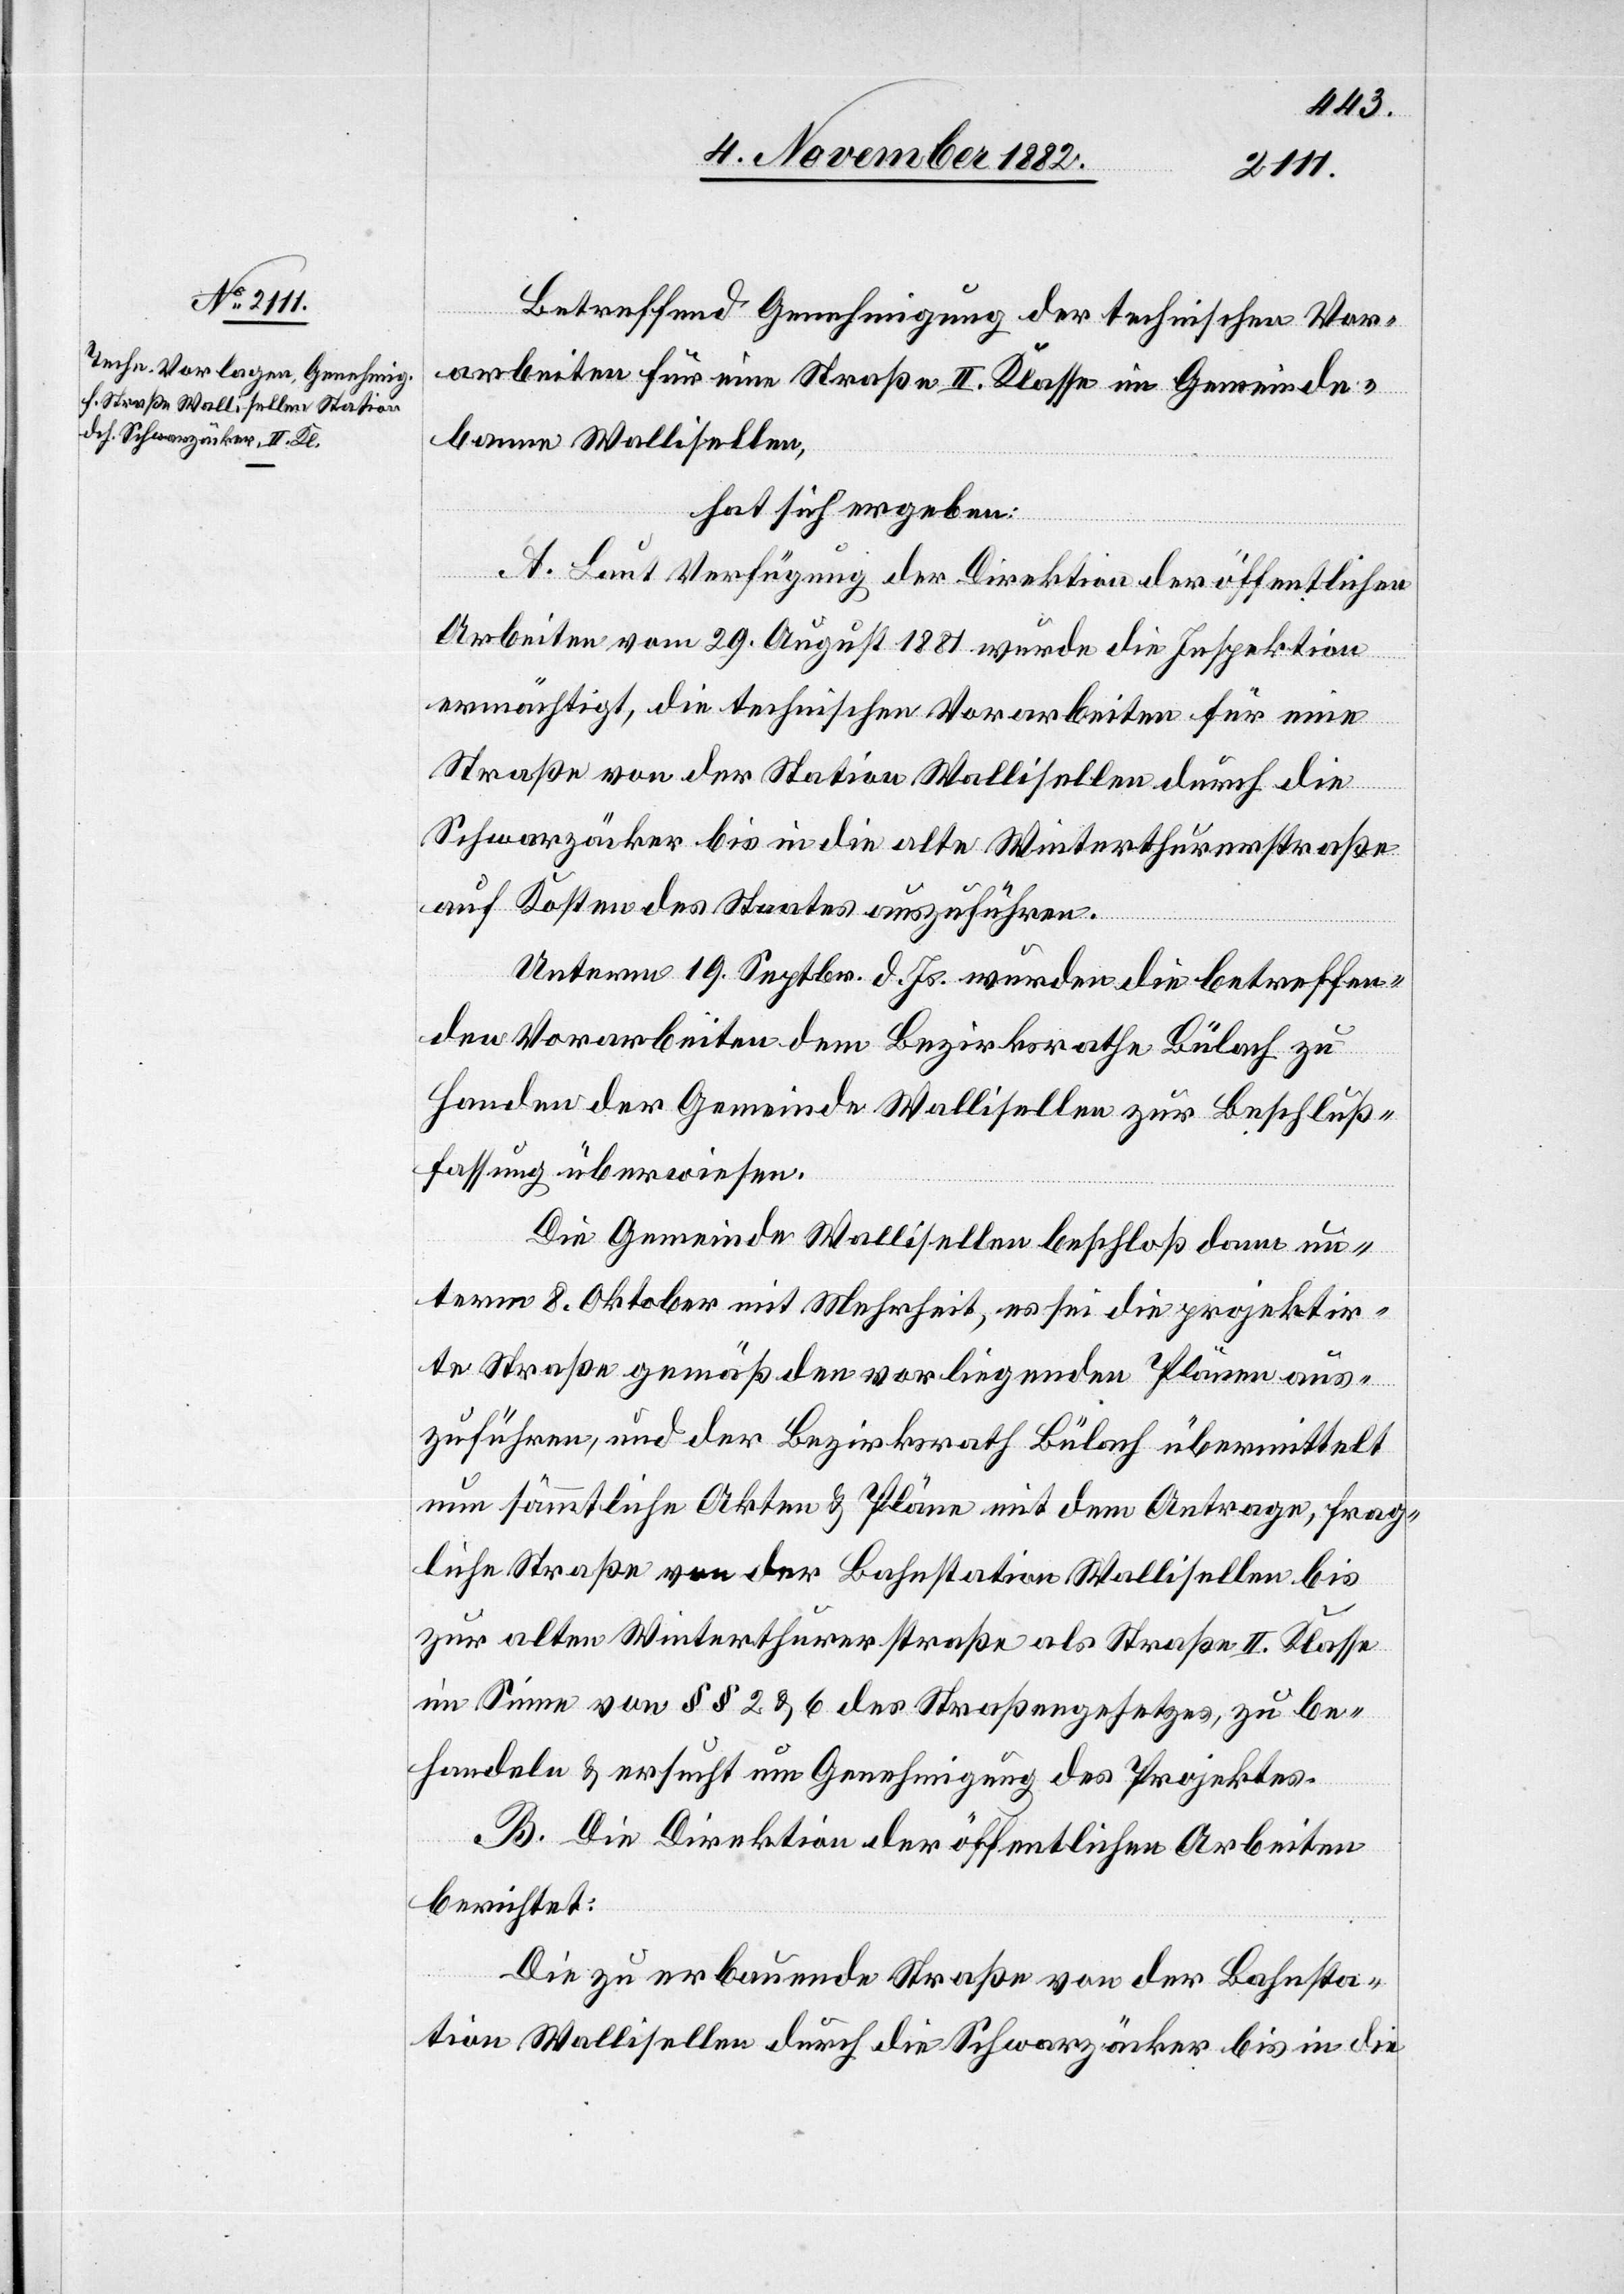
Betreffend Genehmigung der technischen Vor¬
arbeiten für eine Straße II. Klasse im Gemeinde¬
banne Wallisellen,
hat sich ergeben:
A. Laut Verfügung der Direktion der öffentlichen
Arbeiten vom 29. August 1881 wurde die Inspektion
ermächtigt, die technischen Vorabreiten für eine
Straße von der Station Wallisellen durch die
Schwarzäcker bis in die alte Winterthurerstraße
auf Kosten des Staates auszuführen.
Unterm 19. Septbr. d. Js. wurden die betreffen¬
den Vorabreiten dem Bezirksrathe Bülach zu
Handen der Gemeinde Wallisellen zur Beschluß¬
fassung überwiesen.
Die Gemeinde Wallisellen beschloß dann un¬
term 8. Oktober mit Mehrheit, es sei die projektir¬
te Straße gemäß den vorliegenden Plänen aus¬
zuführen, und der Bezirksrath Bülach übermittelt
nun sämmtliche Akten & Pläne mit dem Antrage, frag¬
liche Straße von der Bahnstation Wallisellen bis
zur alten Winterthurerstraße als Straße II. Klasse
im Sinne von §§ 2 & 6 des Straßengesetzes, zu be¬
handeln & ersucht um Genehmigung des Projektes.
B. Die Direktion der öffentlichen Arbeiten
berichtet:
Die zu erbauende Straße von der Bahnsta¬
tion Wallisellen durch die Schwarzäcker bis in die